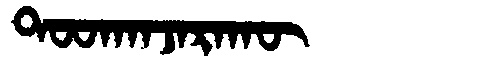
Manchu: ᡨᠣᠣᡴᠠᠨᠵᠠᡵᠠᡴᡡ
Romanization: TOOKANJARAKŪ